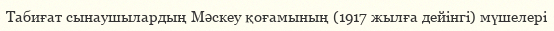
Табиғат сынаушылардың Мәскеу қоғамының (1917 жылға дейінгі) мүшелері